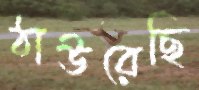
ঠাউরেছি